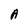
Character: A